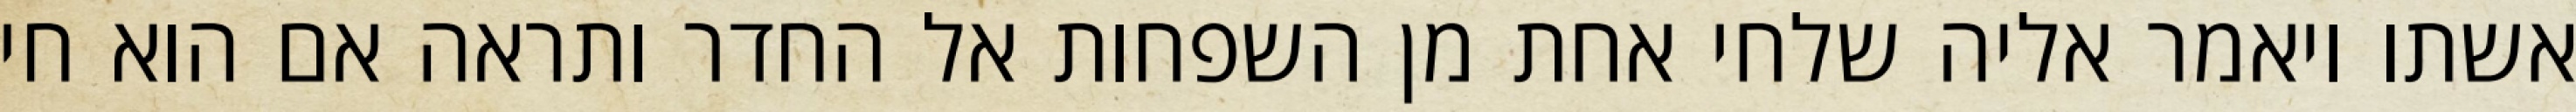
אשתו ויאמר אליה שלחי אחת מן השפחות אל החדר ותראה אם הוא חי